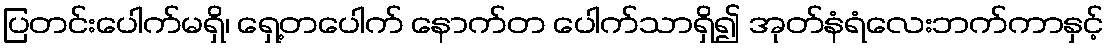
ပြတင်းပေါက်မရှိ၊ ရှေ့တပေါက် နောက်တ ပေါက်သာရှိ၍ အုတ်နံရံလေးဘက်ကာနှင့်